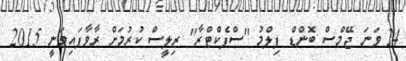
24 ވަނަ ޖޭމްސް ބޮންޑް ފިލްމު ''ސްޕެކްޓްރާ'' ރިލީސް ކުރުމަށް ރާވާފައިވަނީ 2015